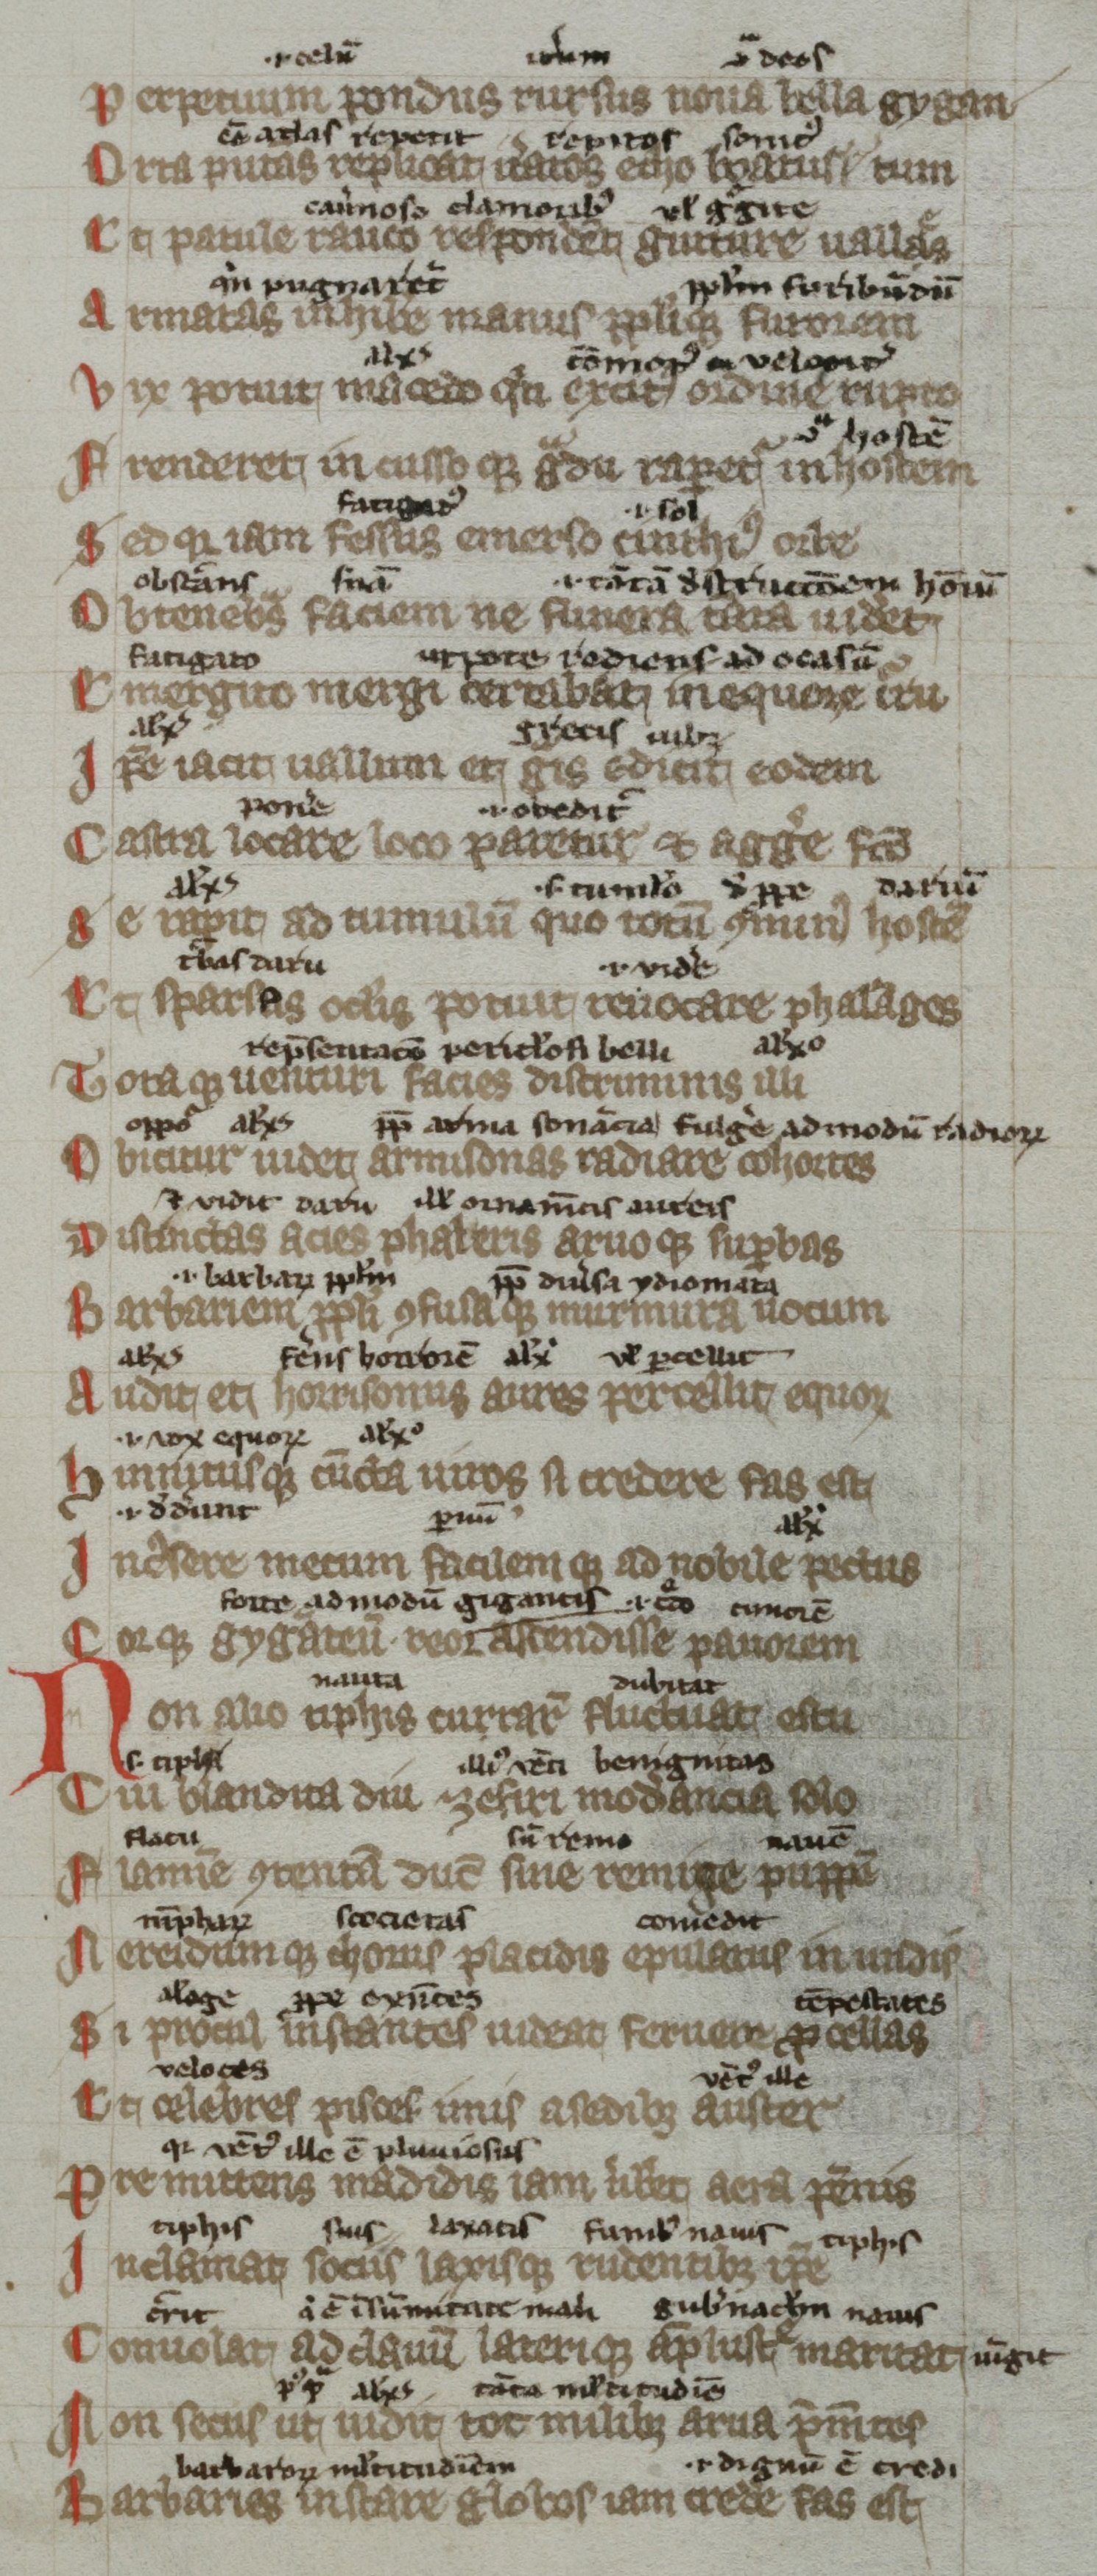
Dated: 1300–1399